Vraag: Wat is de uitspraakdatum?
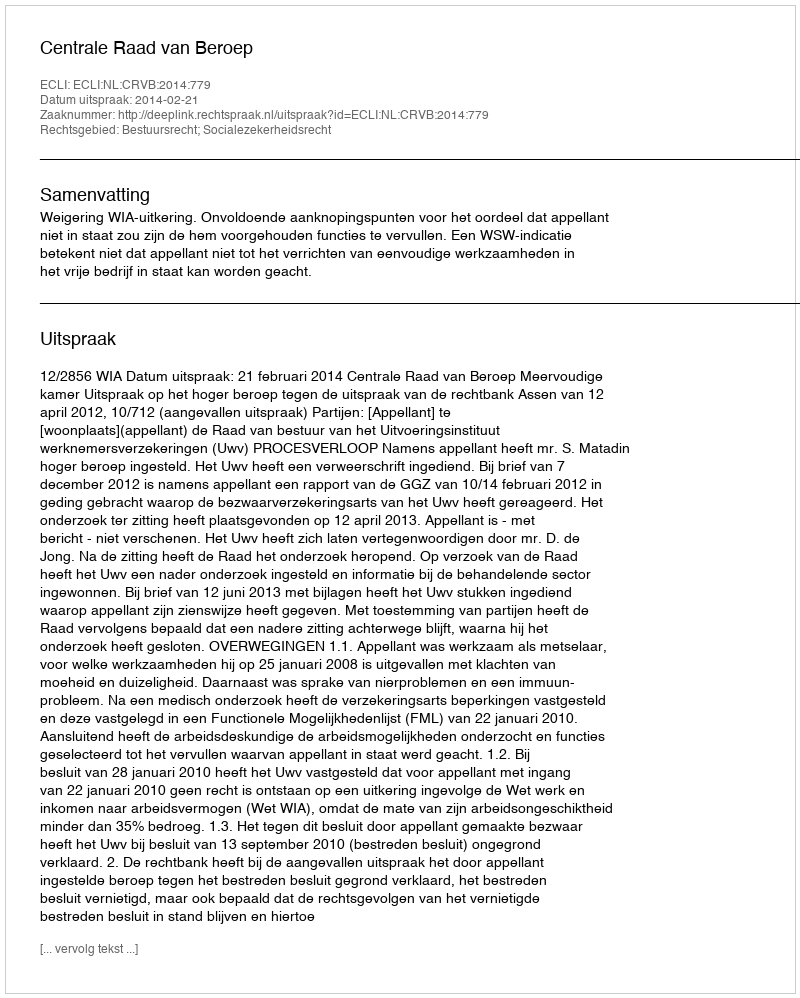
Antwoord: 2014-02-21